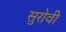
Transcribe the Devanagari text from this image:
सुरोवी